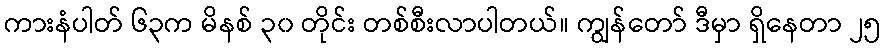
ကားနံပါတ် ၆၃က မိနစ် ၃၀ တိုင်း တစ်စီးလာပါတယ်။ ကျွန်တော် ဒီမှာ ရှိနေတာ ၂၅